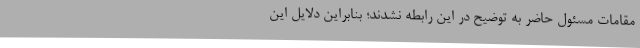
مقامات مسئول حاضر به توضیح در این رابطه نشدند؛ بنابراین دلایل این